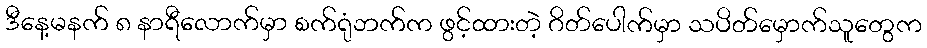
ဒီနေ့မနက် ၈ နာရီလောက်မှာ စက်ရုံဘက်က ဖွင့်ထားတဲ့ ဂိတ်ပေါက်မှာ သပိတ်မှောက်သူတွေက